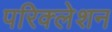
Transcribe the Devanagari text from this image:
परिक्लेशन